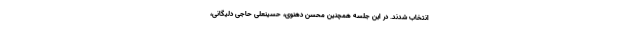
انتخاب شدند. در این جلسه همچنین محسن دهنوی، حسینعلی حاجی دلیگانی،